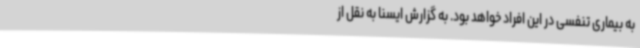
به بیماری تنفسی در این افراد خواهد بود. به گزارش ایسنا به نقل از